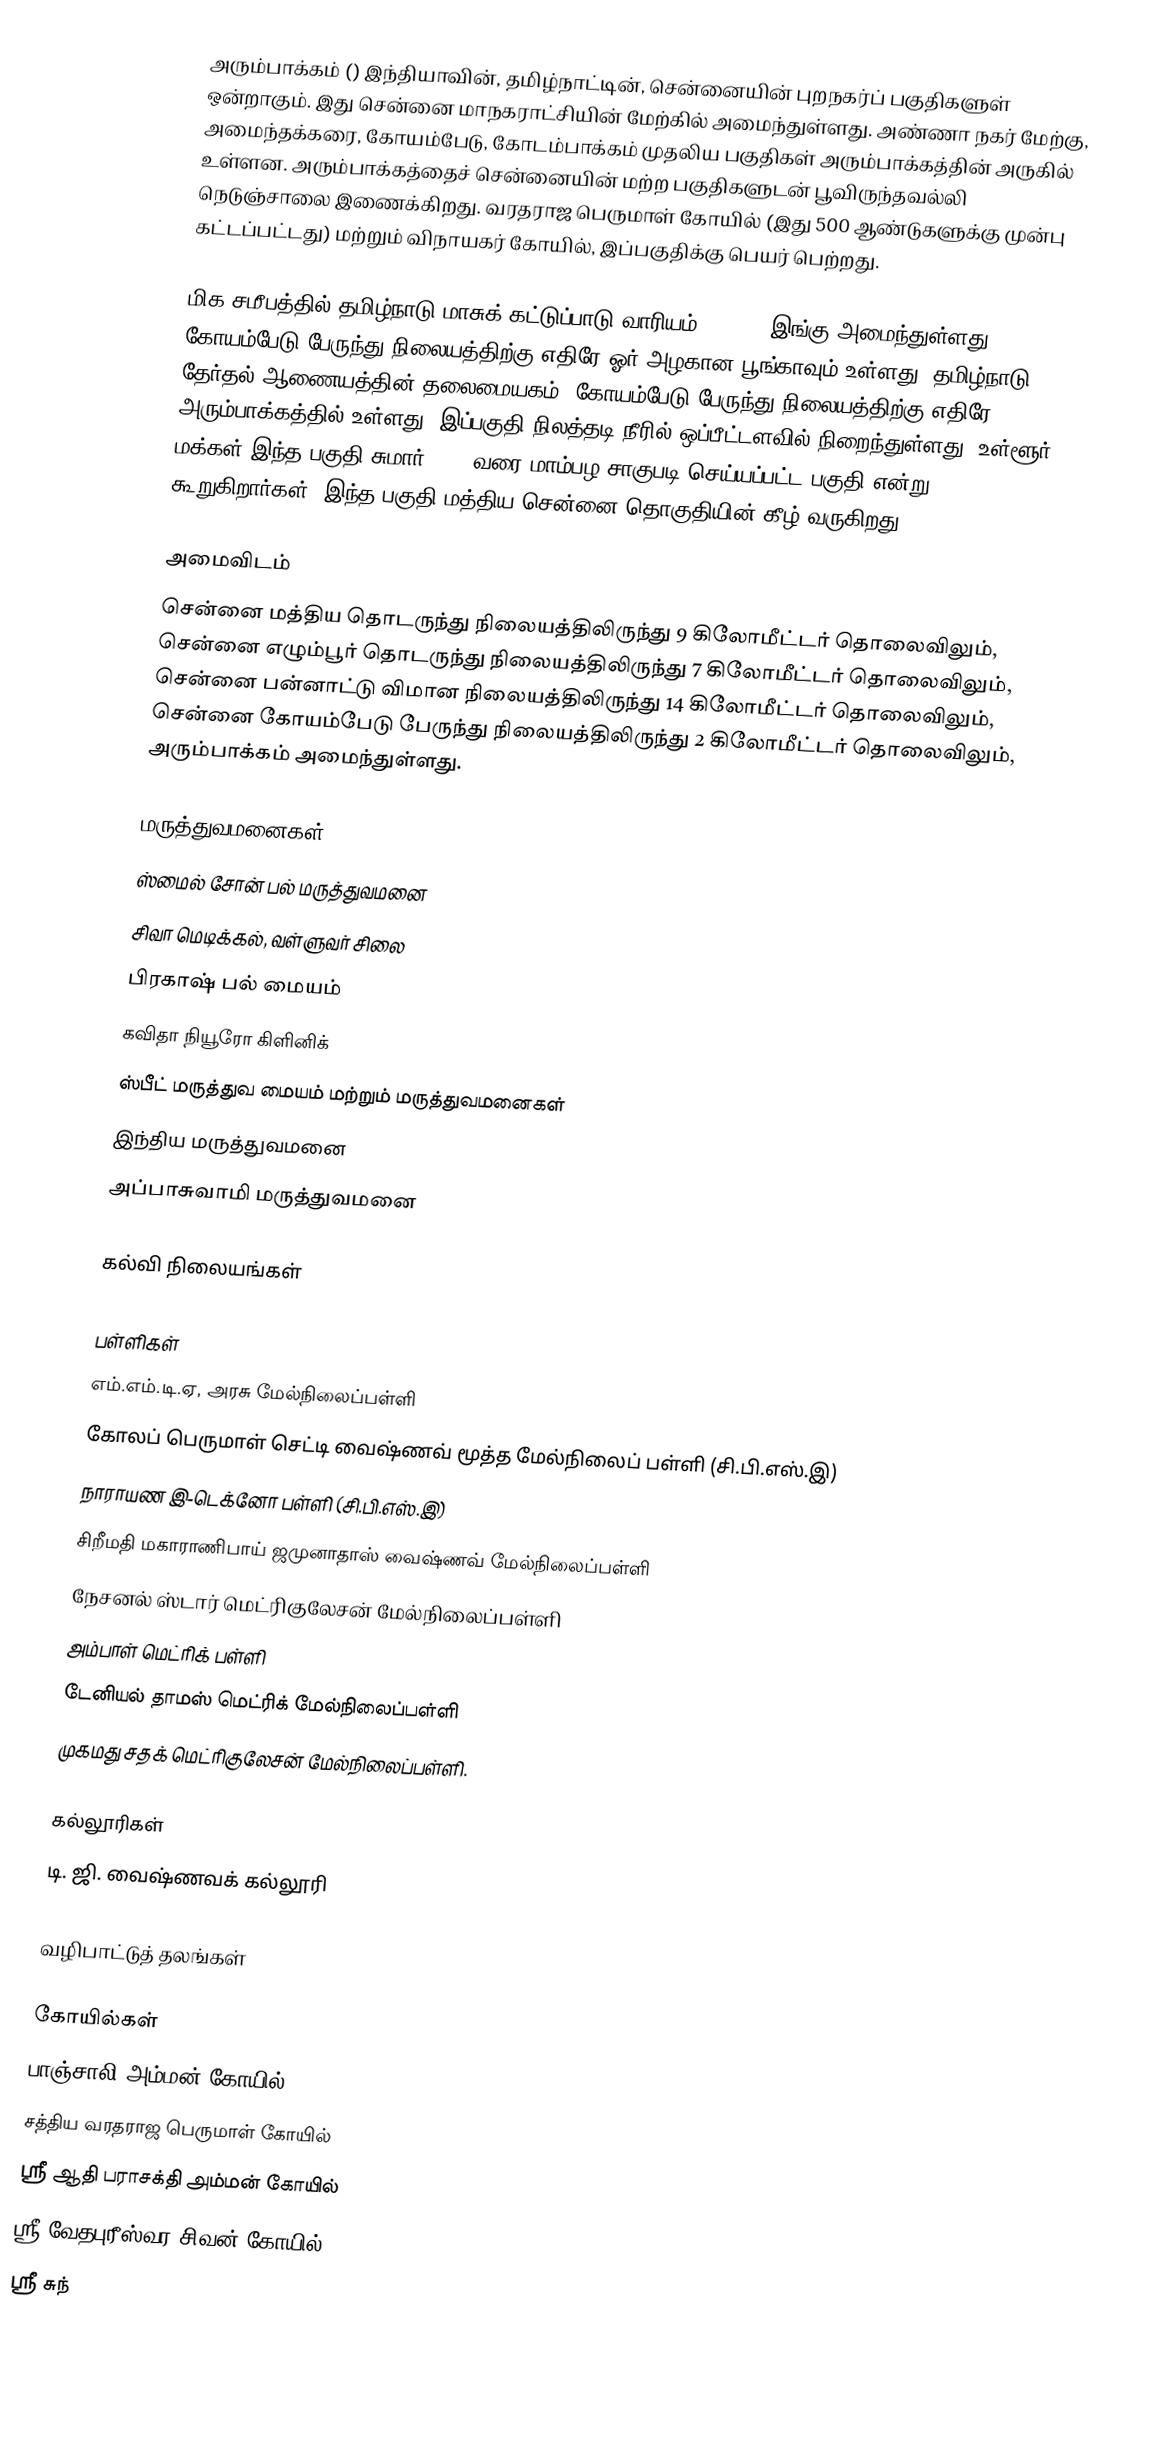
அரும்பாக்கம் () இந்தியாவின், தமிழ்நாட்டின், சென்னையின் புறநகர்ப் பகுதிகளுள் ஒன்றாகும். இது சென்னை மாநகராட்சியின் மேற்கில் அமைந்துள்ளது. அண்ணா நகர் மேற்கு, அமைந்தக்கரை, கோயம்பேடு, கோடம்பாக்கம் முதலிய பகுதிகள் அரும்பாக்கத்தின் அருகில் உள்ளன. அரும்பாக்கத்தைச் சென்னையின் மற்ற பகுதிகளுடன் பூவிருந்தவல்லி நெடுஞ்சாலை இணைக்கிறது. வரதராஜ பெருமாள் கோயில் (இது 500 ஆண்டுகளுக்கு முன்பு கட்டப்பட்டது) மற்றும் விநாயகர் கோயில், இப்பகுதிக்கு பெயர் பெற்றது.

மிக சமீபத்தில் தமிழ்நாடு மாசுக் கட்டுப்பாடு வாரியம் (TNPCB) இங்கு அமைந்துள்ளது. கோயம்பேடு பேருந்து நிலையத்திற்கு எதிரே ஓர் அழகான பூங்காவும் உள்ளது. தமிழ்நாடு தேர்தல் ஆணையத்தின் தலைமையகம், கோயம்பேடு பேருந்து நிலையத்திற்கு எதிரே அரும்பாக்கத்தில் உள்ளது. இப்பகுதி நிலத்தடி நீரில் ஒப்பீட்டளவில் நிறைந்துள்ளது, உள்ளூர் மக்கள் இந்த பகுதி சுமார் 1960 வரை மாம்பழ சாகுபடி செய்யப்பட்ட பகுதி என்று கூறுகிறார்கள். இந்த பகுதி மத்திய சென்னை தொகுதியின் கீழ் வருகிறது.

அமைவிடம்
சென்னை மத்திய தொடருந்து நிலையத்திலிருந்து 9 கிலோமீட்டர் தொலைவிலும், சென்னை எழும்பூர் தொடருந்து நிலையத்திலிருந்து 7 கிலோமீட்டர் தொலைவிலும், சென்னை பன்னாட்டு விமான நிலையத்திலிருந்து 14 கிலோமீட்டர் தொலைவிலும், சென்னை கோயம்பேடு பேருந்து நிலையத்திலிருந்து 2 கிலோமீட்டர் தொலைவிலும், அரும்பாக்கம் அமைந்துள்ளது.

மருத்துவமனைகள்
 ஸ்மைல் சோன் பல் மருத்துவமனை
 சிவா மெடிக்கல், வள்ளுவர் சிலை
 பிரகாஷ் பல் மையம்
 கவிதா நியூரோ கிளினிக்
 ஸ்பீட் மருத்துவ மையம் மற்றும் மருத்துவமனைகள்
 இந்திய மருத்துவமனை
 அப்பாசுவாமி மருத்துவமனை

கல்வி நிலையங்கள்

பள்ளிகள்
 எம்.எம்.டி.ஏ, அரசு மேல்நிலைப்பள்ளி
 கோலப் பெருமாள் செட்டி வைஷ்ணவ் மூத்த மேல்நிலைப் பள்ளி (சி.பி.எஸ்.இ)
 நாராயண இ-டெக்னோ பள்ளி (சி.பி.எஸ்.இ)
 சிறீமதி மகாராணிபாய் ஜமுனாதாஸ் வைஷ்ணவ் மேல்நிலைப்பள்ளி
 நேசனல் ஸ்டார் மெட்ரிகுலேசன் மேல்நிலைப்பள்ளி
 அம்பாள் மெட்ரிக் பள்ளி
 டேனியல் தாமஸ் மெட்ரிக் மேல்நிலைப்பள்ளி
 முகமது சதக் மெட்ரிகுலேசன் மேல்நிலைப்பள்ளி.

கல்லூரிகள்
 டி. ஜி. வைஷ்ணவக் கல்லூரி

வழிபாட்டுத் தலங்கள்

கோயில்கள்
 பாஞ்சாலி அம்மன் கோயில்
 சத்திய வரதராஜ பெருமாள் கோயில்
 ஸ்ரீ ஆதி பராசக்தி அம்மன் கோயில்
 ஸ்ரீ வேதபுரீஸ்வர சிவன் கோயில்
 ஸ்ரீ சுந்